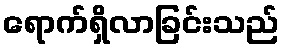
ရောက်ရှိလာခြင်းသည်